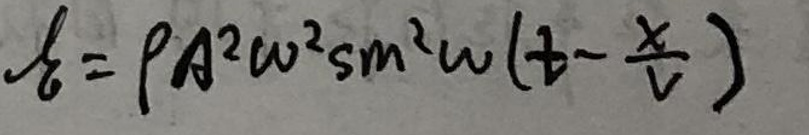
$P = \rho A ^ { 2 } \omega ^ { 2 } \sin ^ { 2 } \omega ( t - \frac { x } { v } )$